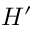
H ^ { \prime }